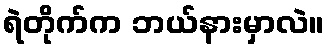
ရဲတိုက်က ဘယ်နားမှာလဲ။